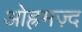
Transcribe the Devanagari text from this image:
ओह्रमज़्द